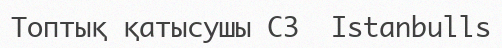
Топтық қатысушы C3  Istanbulls